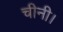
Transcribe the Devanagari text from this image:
चीनी।